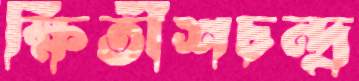
ক্ষিতীশচন্দ্র